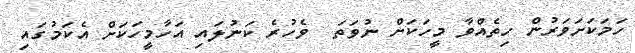
ހަމަކަށަވަރުން ހިތެއްވާ މީހަކަށް ނުވަތަ  ވެހުރެ ކަނުލައި އަހާމީހަކަށް އެކަމުގައި